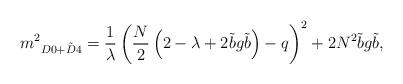
LaTeX: \begin{align*}\displaystyle {m^2}_{D0+\tilde D4}=\frac{1}{\lambda} \left ({N\over 2} \left ( 2-\lambda +2{\tilde b} g {\tilde b} \right ) - q \right )^2 +2N^2 {\tilde b} g {\tilde b},\end{align*}